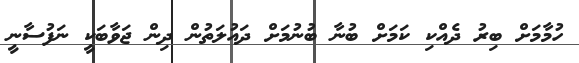
ހުމާމަށް ބިރު ދެއްކި ކަމަށް ބުނާ ބުނުމަށް ދައުލަތުން ދިން ޖަވާބަކީ ނަފުސާނީ